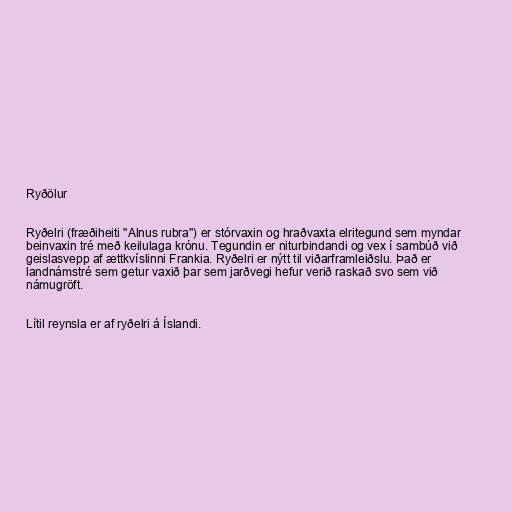
Ryðölur

Ryðelri (fræðiheiti "Alnus rubra") er stórvaxin og hraðvaxta elritegund sem myndar
beinvaxin tré með keilulaga krónu. Tegundin er niturbindandi og vex í sambúð við
geislasvepp af ættkvíslinni Frankia. Ryðelri er nýtt til viðarframleiðslu. Það er
landnámstré sem getur vaxið þar sem jarðvegi hefur verið raskað svo sem við
námugröft.

Lítil reynsla er af ryðelri á Íslandi.